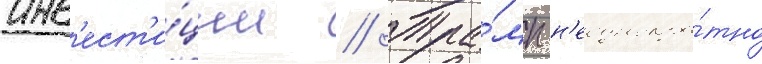
инв'ест'и́ции // Тра́мп н'еоднокра́тно